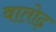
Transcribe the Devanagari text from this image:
वातोढ़